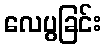
လေပွခြင်း